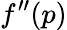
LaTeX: f^{\prime\prime}(p)